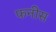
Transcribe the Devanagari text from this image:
फनीस